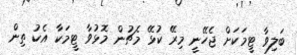
ބަލިވާ ޓީމަކަށް ޖެހޭނީ މިރޭ ކުޅޭ މެޗުން މޮޅުވާ ޓީމަކާ އެކު ތިން